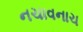
નચાવનાચ